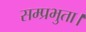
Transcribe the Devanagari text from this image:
सम्प्रभुता।